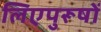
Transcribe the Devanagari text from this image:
लिएपुरूषों